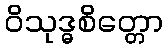
ဝိသုဒ္ဓစိတ္တော